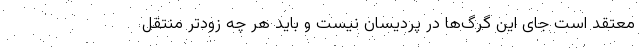
معتقد است جای این گرگ‌ها در پردیسان نیست و باید هر چه زودتر منتقل